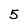
Character: 5